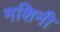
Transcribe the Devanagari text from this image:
मशिनी